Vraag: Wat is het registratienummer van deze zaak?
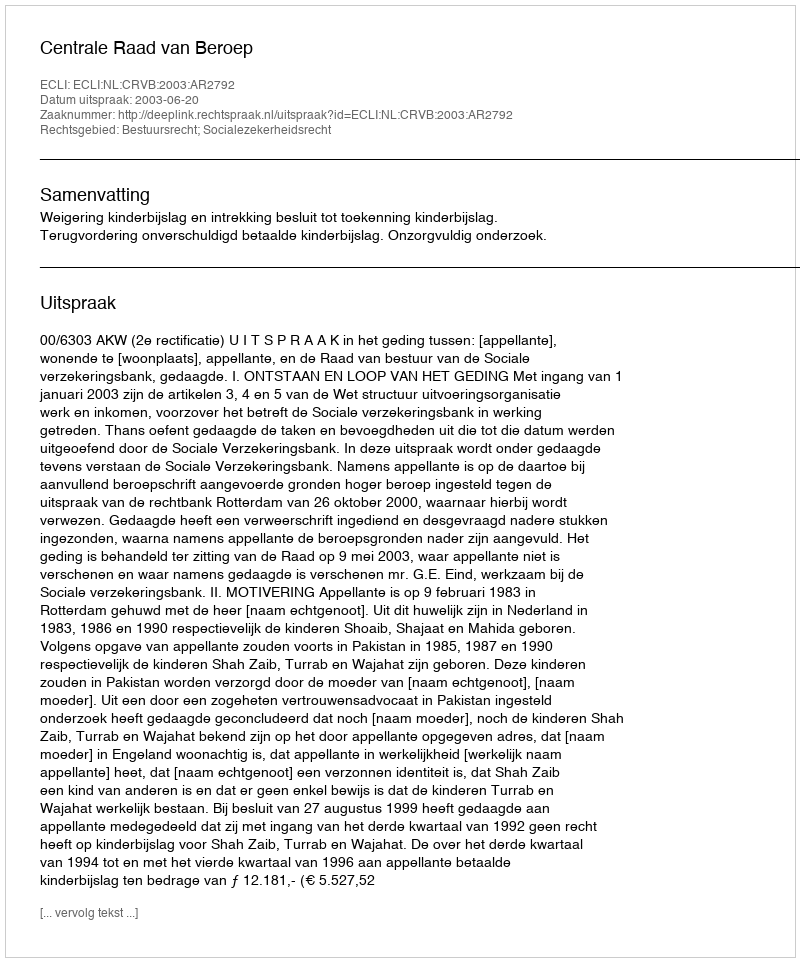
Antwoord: http://deeplink.rechtspraak.nl/uitspraak?id=ECLI:NL:CRVB:2003:AR2792